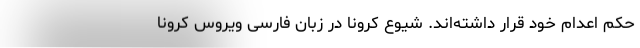
حکم اعدام خود قرار داشته‌اند. شیوع کرونا در زبان فارسی ویروس کرونا